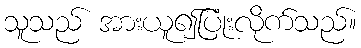
သူသည် အားယူ၍ပြုံးလိုက်သည်။